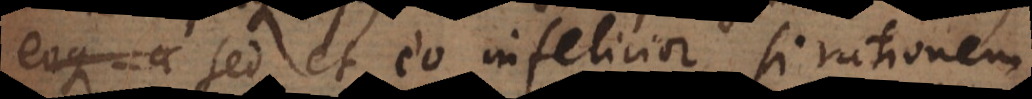
; sed et eo infelicior, si rationem